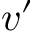
v ^ { \prime }